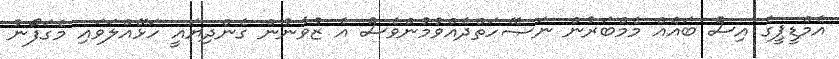
އެމްޑީޕީގެ އިސް ބައެއް މެމްބަރުން ނަޞޭހަތްދެއްވުމުންވެސް އެ ޒުވާނުން ގެންދިޔައީ ހަޅޭއްލަވައި މެގަފޯނު